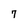
Character: 7